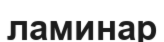
ламинар